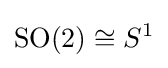
\operatorname {\text{SO}} (2)\cong S^{1}